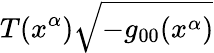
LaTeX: T(x^{\alpha})\sqrt{-g_{00}(x^{\alpha})}